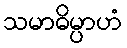
သမာဓိမ္ပာဟံ